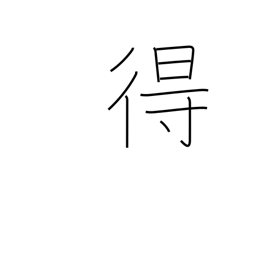
Meaning: can